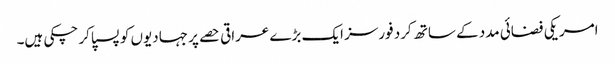
امریکی فضائی مدد کے ساتھ کرد فورسز ایک بڑے عراقی حصے پر جہادیوں کو پسپا کر چکی ہیں۔